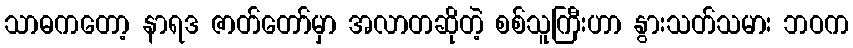
သာဓကတော့ နာရဒ ဇာတ်တော်မှာ အလာတဆိုတဲ့ စစ်သူကြီးဟာ နွားသတ်သမား ဘဝက